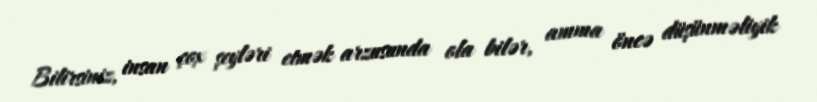
Bilirsiniz, insan çox şeyləri etmək arzusunda ola bilər, amma öncə düşünməliyik